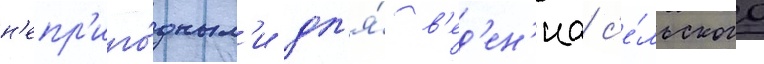
н'епр'иго́дным'и дл'я́ в'ед'ен'иа с'е́льского